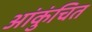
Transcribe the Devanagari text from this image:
आंकुंचित